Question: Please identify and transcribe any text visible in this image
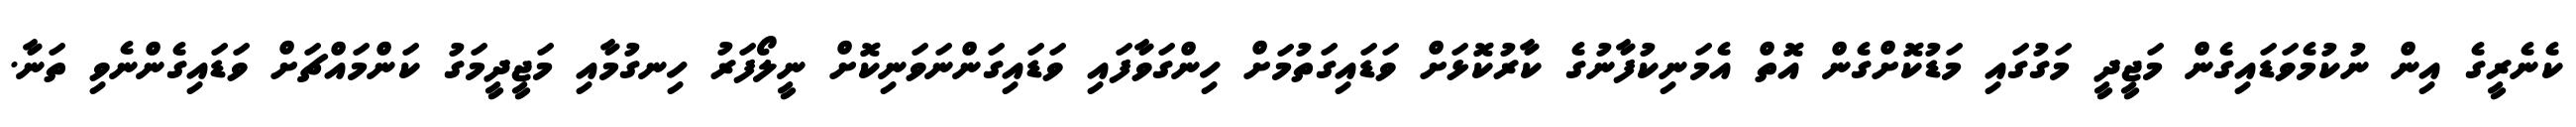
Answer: ކެނެރީގެ އިން ނުކުމެވަޑައިގެން މަޖީދީ މަގުގައި މަޑުކޮށްގެން އޮތް އެމަނިކުފާނުގެ ކާރުކޮޅަށް ވަޑައިގަތުމަށް ހިންގަވާފައި ވަޑައިގަންނަވަނިކޮށް ނީލޯފަރު ހިނގުމާއި މަޖީދީމަގު ކަންމައްޗަށް ވަޑައިގެންނެވި ތަނާ.